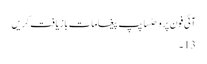
آئی فون پر وحٹساپپ پیغامات بازیافت کریں
13 ۔